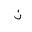
Letter: _non